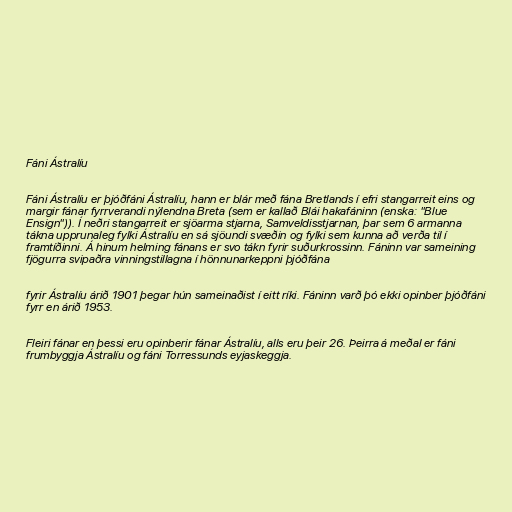
Fáni Ástralíu

Fáni Ástralíu er þjóðfáni Ástralíu, hann er blár með fána Bretlands í efri stangarreit eins og
margir fánar fyrrverandi nýlendna Breta (sem er kallað Blái hakafáninn (enska: "Blue
Ensign")). Í neðri stangarreit er sjöarma stjarna, Samveldisstjarnan, þar sem 6 armanna
tákna upprunaleg fylki Ástralíu en sá sjöundi svæðin og fylki sem kunna að verða til í
framtíðinni. Á hinum helming fánans er svo tákn fyrir suðurkrossinn. Fáninn var sameining
fjögurra svipaðra vinningstillagna í hönnunarkeppni þjóðfána

fyrir Ástralíu árið 1901 þegar hún sameinaðist í eitt ríki. Fáninn varð þó ekki opinber þjóðfáni
fyrr en árið 1953.

Fleiri fánar en þessi eru opinberir fánar Ástralíu, alls eru þeir 26. Þeirra á meðal er fáni
frumbyggja Ástralíu og fáni Torressunds eyjaskeggja.